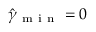
\hat { \gamma } _ { \mathrm { ~ m ~ i ~ n ~ } } = 0